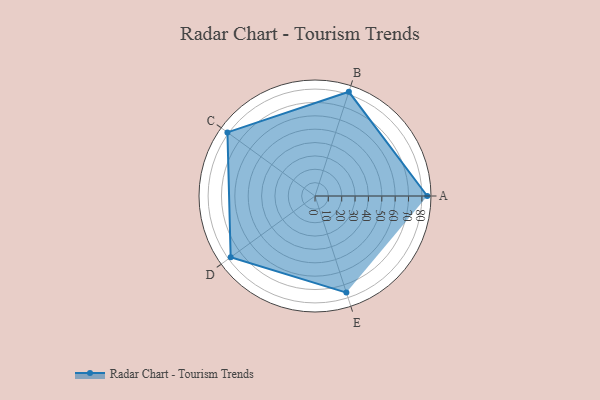
{"axis": {"x": "Skill", "y": "Score"}, "legend": ["Profile"], "data": [{"x": "A", "y": 84.0, "type": "Profile"}, {"x": "B", "y": 82.0, "type": "Profile"}, {"x": "C", "y": 81.0, "type": "Profile"}, {"x": "D", "y": 78.0, "type": "Profile"}, {"x": "E", "y": 76.0, "type": "Profile"}]}